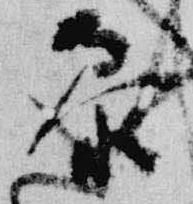
参